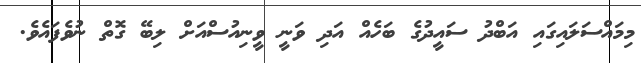
މިމައްސަލައިގައި އަބްދު ސައީދުގެ ބަހެއް އަދި ވަނީ ވީނިއުސްއަށް ލިބޭ ގޮތް ނުވެފައެވެ.